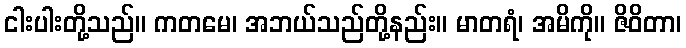
ငါးပါးတို့သည်။ ကတမေ၊ အဘယ်သည်တို့နည်း။ မာတရံ၊ အမိကို။ ဇိဝိတာ၊